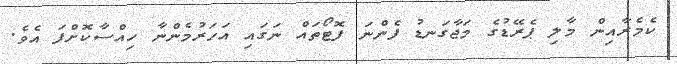
ކެމެރާއިން މާލި ޕެރޭޑުގެ މަޖާގަނޑު ފެންނަ ފޮޓޯތައް ނަގައި އަހަރުމެންނާ ހިއްސާކޮށްފަ އެވެ.